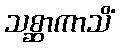
သစ္ဆာကာသိံ